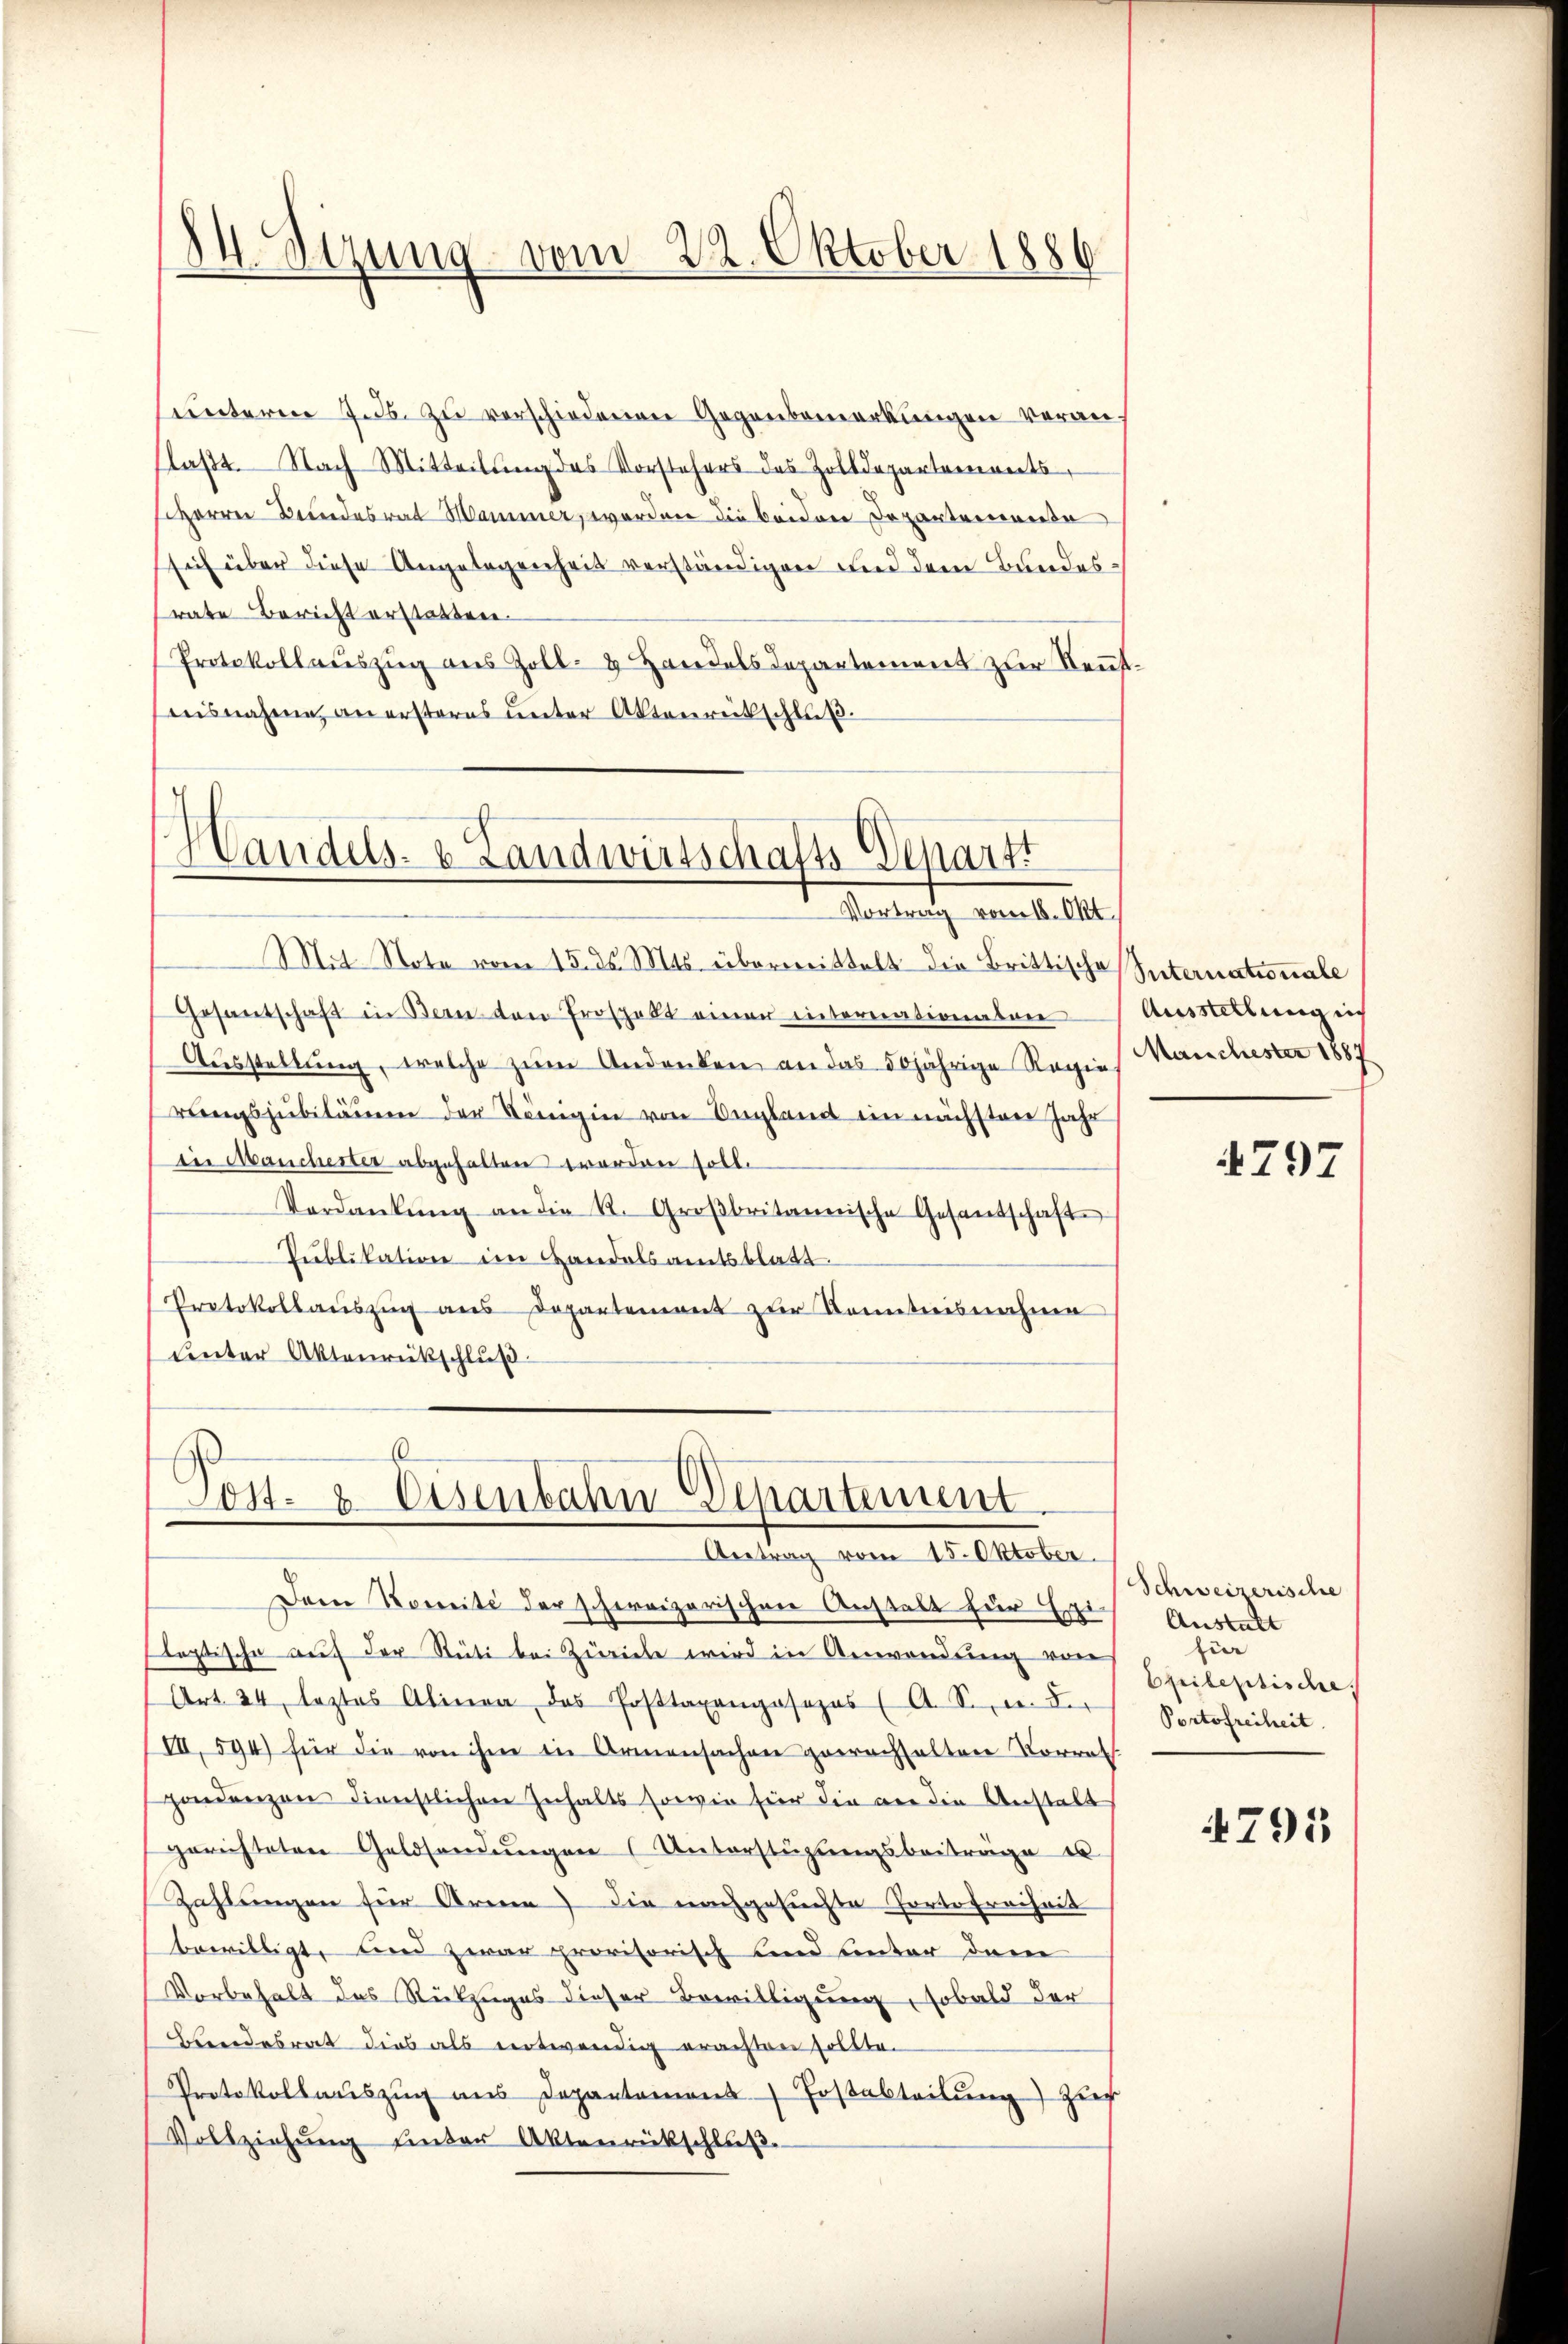
24. Sitzung vom 22. Oktober 1886

untern J. J. zu verschiedenen Gegenbemerkungen veranlaßt. Nach Mitteilung des Vorstehers des Zolldepartenwerts
siherrn Brandesrat Hammer, worden die beiden Departemente
sich über diese Angelegenheit verständigene Lied dem Bundesrate Bericht erstatten.
Protokollauszug aus Zoll- & Handels Departement zur Rentaisnahme an ersteres unter Aktenreitschluß.

Handels- & Landwirtschafts Depart
Berath vom 1. 1

Gesantschaft in Bern von Prospelt einer intererationabare
Ausstellung, welche zum Andenken an das 50jährige Regies Manchester 1884
rungsjubiläum der Königin von Ungland ein nächsten Jahr
in Manchester abgehalten worden soll.
Verdankŭng an die K. Groβbritannische Gesantschafte
Publikation im Handelsamtsblatt.
Protokollauszug aus Departement zur Kenntnisnahme
unter Aktenrückschluß

Mit Note vom 15. ds. Mts. übermittelt die Brittische Internationale

6
Post- & Eisenbahn Departement
Antrag vom 15. Oktober.

Dem Komité der schweizerischen Anstalt für Exi-
Pleptische auf der Stüti bei Zürich wird in Anwendung von
Art. 24 leztes Alinea, das Posttaxangosezes (A. S. u. der
VII, 594) für die von ihm in Armensachen gewachhalten Vorrat
pondenzen dienstlichen Inhalts sowie für die an die Anstalt
gerichteten Geldsendŭngen (Unterstützŭngsbeiträge u
Zahlungen für Arme) die nachgesuchte Portofreiheit
bewilligt, und zwar provisorisch und unter dem
Vorbehalt des Rückzuges dieser Bewilligung, sobald der
Bundesrat dies als entwendig erachten sollte.
Protokollauszug aus Departemons Tosabteilung) zier
Vollziehŭng ŭnter Aktenrückschluβ.

Ausstellung in

797

Schweizerische
Anstalt
fier
Epileptische
Portofreiheit

4795